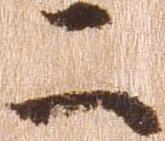
二